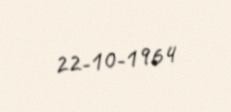
22-10-1964